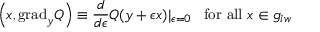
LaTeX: \left( x , \mathrm { g r a d } _ { y } Q \right) \equiv \frac { d } { d \epsilon } Q ( y + \epsilon x ) | _ { \epsilon = 0 } \; \; \; \mathrm { f o r ~ a l l ~ } x \in g _ { l w }